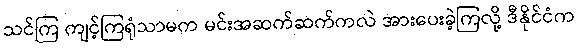
သင်ကြ ကျင့်ကြရုံသာမက မင်းအဆက်ဆက်ကလဲ အားပေးခဲ့ကြလို့ ဒီနိုင်ငံက